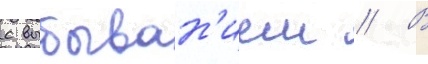
с выбыван'ием // В